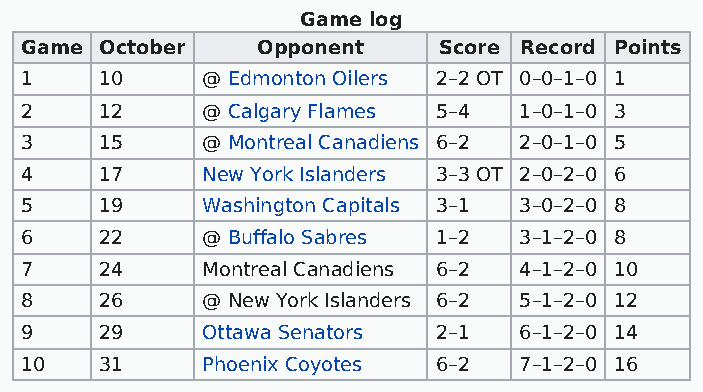
Game log
 Game  October   Opponent    Score Record Points
 1     10    @ Edmonton Oilers 2–2 OT 0–0–1–0 1
 2     12    @ Calgary Flames 5–4 1–0–1–0 3
 3     15    @ Montreal Canadiens 6–2 2–0–1–0 5
 4     17    New York Islanders 3–3 OT 2–0–2–0 6
 5     19    Washington Capitals 3–1 3–0–2–0 8
 6     22    @ Buffalo Sabres 1–2 3–1–2–0 8
 7     24    Montreal Canadiens 6–2 4–1–2–0 10
 8     26    @ New York Islanders 6–2 5–1–2–0 12
 9     29    Ottawa Senators 2–1  6–1–2–0 14
 10    31    Phoenix Coyotes 6–2  7–1–2–0 16